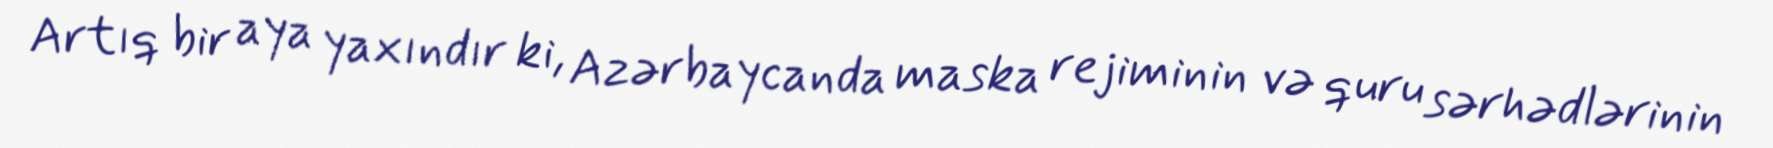
Artıq bir aya yaxındır ki, Azərbaycanda maska rejiminin və quru sərhədlərinin